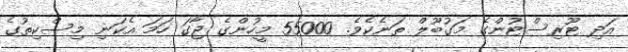
އަދި ޓޫރިސްޓުންގެ މަގުބޫލް ތަނެކެވެ. 55000 މީހުންގެ ޖާގަ ހަމަ އެކަނި މިސްކިތުގެ